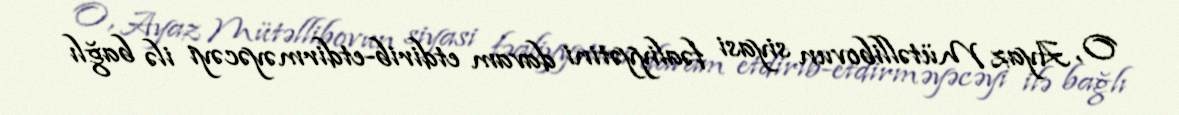
O, Ayaz Mütəllibovun siyasi fəaliyyətini davam etdirib-etdirməyəcəyi ilə bağlı